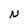
Character: N